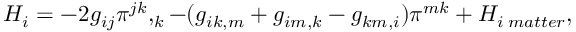
H _ { i } = - 2 g _ { i j } \pi ^ { j k } , _ { k } - ( g _ { i k , m } + g _ { i m , k } - g _ { k m , i } ) \pi ^ { m k } + H _ { i \; m a t t e r } ,